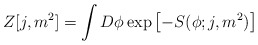
\begin{align*}Z[j,m^2] = \int D\phi \exp\left[ -S(\phi;j,m^2)\right ]\end{align*}